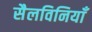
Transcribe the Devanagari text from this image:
सैलविनियाँ